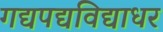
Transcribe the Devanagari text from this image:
गद्यपद्यविद्याधर